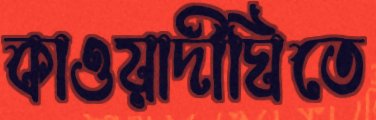
কাওয়াদীঘিতে